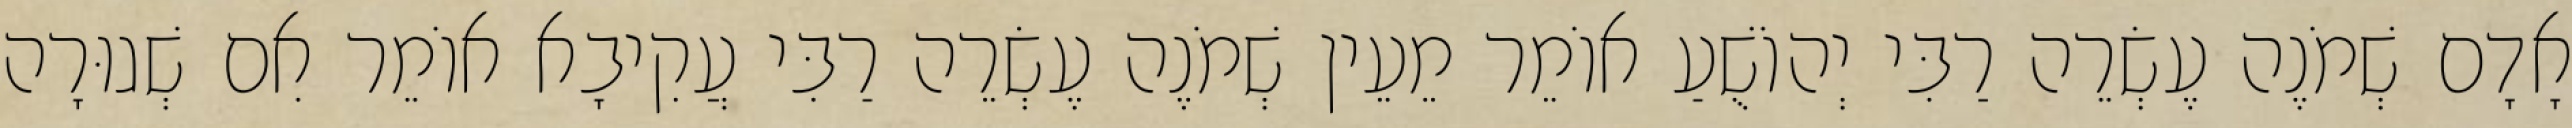
אָדָם שְׁמֹנֶה עֶשְׂרֵה רַבִּי יְהוֹשֻׁעַ אוֹמֵר מֵעֵין שְׁמֹנֶה עֶשְׂרֵה רַבִּי עֲקִיבָא אוֹמֵר אִם שְׁגוּרָה